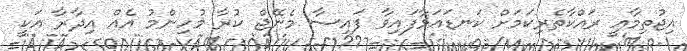
އިޖުތިމާއީ ރައްކާތެރިކަމަށް ކަނޑައަޅާފައިވާ ފައިސާ މެނޭޖް ކުރާ މުހިންމު އެއް އިދާރާ އަކީ